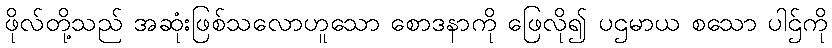
ဖိုလ်တို့သည် အဆုံးဖြစ်သလောဟူသော စောဒနာကို ဖြေလို၍ ပဌမာယ စသော ပါဌ်ကို